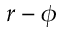
r - \phi